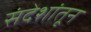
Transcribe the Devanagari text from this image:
संदेशांतून